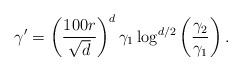
LaTeX: \begin{align*} \gamma' = \left(\frac{100 r}{\sqrt{d}}\right)^d \gamma_1 \log^{d/2}\left(\frac{\gamma_2}{\gamma_1}\right). \end{align*}